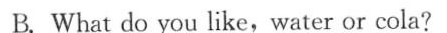
B. What do you like,water or cola?